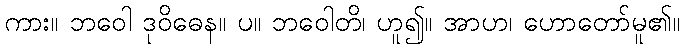
ကား။ ဘဝေါ ဒုဝိဓေန။ ပ။ ဘဝေါတိ၊ ဟူ၍။ အာဟ၊ ဟောတော်မူ၏။